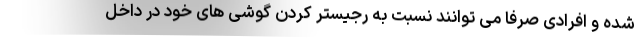
شده و افرادی صرفا می توانند نسبت به رجیستر کردن گوشی های خود در داخل